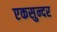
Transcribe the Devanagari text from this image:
एकसुन्दर